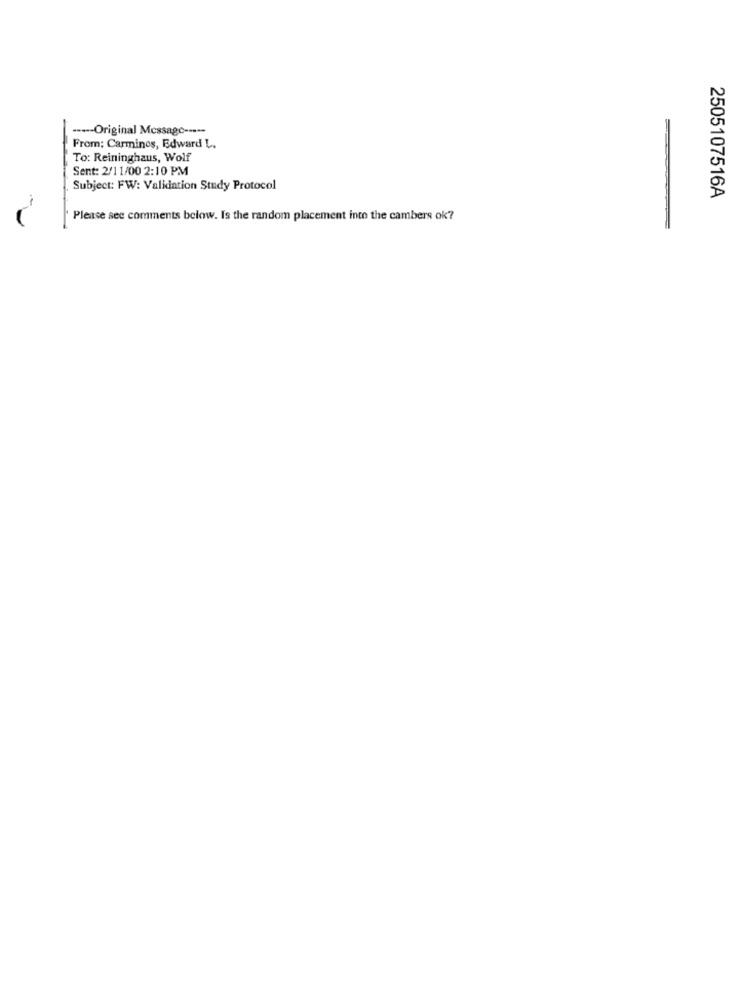
----- Original Message -----
From: Carmines, Edward L.
To: Reininghaus, Wolf
Sent: 2/11/00 2:10 PM
Subject: FW: Validation Study Protocol
2505107516A
Please see comments below. Is the random placement into the cambers ok?